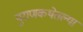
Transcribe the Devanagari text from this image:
पुराणकथेतल्या